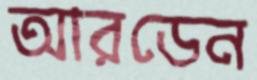
আরডেন